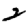
Digit: 2